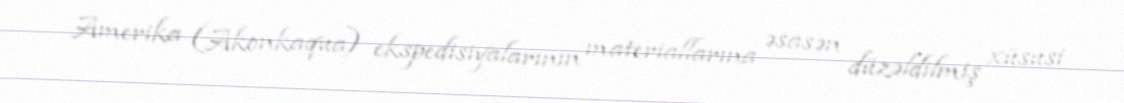
Amerika (Akonkaqua) ekspedisiyalarının materiallarına əsasən düzəldilmiş xüsusi